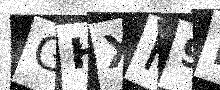
Text: GHXH9D